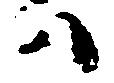
ハ